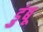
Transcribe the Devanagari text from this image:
डुंबू